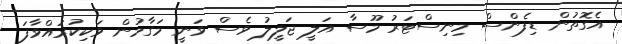
އެގޮތުން ޑިފެންސް މިނިސްޓަރު މޫސާ އަލީ ޖަލީލު ވެސް ވަނީ މަގާމުން ވަކިކުރައްވާފަ